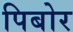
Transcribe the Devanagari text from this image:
पिबोर